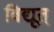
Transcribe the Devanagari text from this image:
विद्यूत्‌